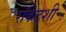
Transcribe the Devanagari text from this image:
रॉकेटशी